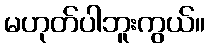
မဟုတ်ပါဘူးကွယ်။